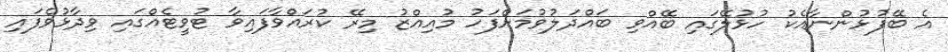
އެ ބޭފުޅުންނާއެކު ހުޅުލޭގައި ބޭއްވި ބައްދަލުވުމަށްފަހު މުއިއްޒު މިރޭ ކުރައްވާފައިވާ ޓުވީޓެއްގައި ވިދާޅުވެފައި